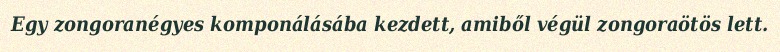
Egy zongoranégyes komponálásába kezdett, amiből végül zongoraötös lett.